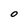
Character: O